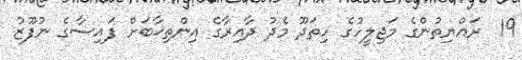
19  ރައްޔިތުންގެ މަޖިލީހުގެ ހިތަދޫ މެދު ދާއިރާގެ އިންތިޚާބަށް ފައިސާގެ ނުފޫޒު